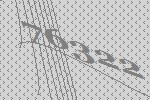
76322